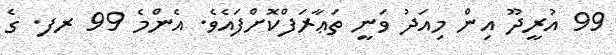
99 އުރީދޫ އިން މިއަދު ވަނީ ތަޢާރަފްކޮށްފައެވެ. އެންމެ 99 ރފ. ގެ